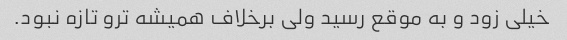
خیلی زود و به موقع رسید ولی برخلاف همیشه ترو تازه نبود.